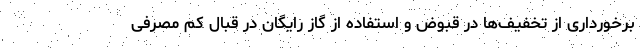
برخورداری از تخفیف‌ها در قبوض و استفاده از گاز رایگان در قبال کم مصرفی